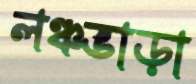
লঞ্চভাড়া